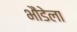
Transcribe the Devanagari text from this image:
भौंडेला